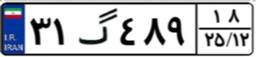
۳۱گ۴۸۹۱۸